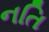
નતિ